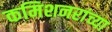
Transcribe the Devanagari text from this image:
कमिशनरांच्या